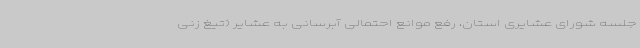
جلسه شورای عشایری استان، رفع موانع احتمالی آبرسانی به عشایر (تیغ زنی